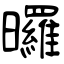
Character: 曪